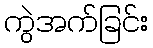
ကွဲအက်ခြင်း